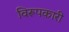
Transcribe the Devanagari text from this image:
विरूपकारी